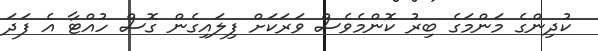
ކުދިންގެ މަންމަގެ ބިރު ކޮންމެވެސް ވަރަކަށް ފިލައިގެން ގޮސް ހުއްޓާ އެ ފަދަ